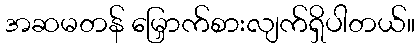
အဆမတန် မြှောက်စားလျက်ရှိပါတယ်။